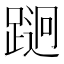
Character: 𲃵